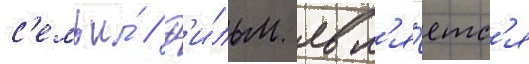
с'емьи́ // Ф'и́льм явл'я́етс'я